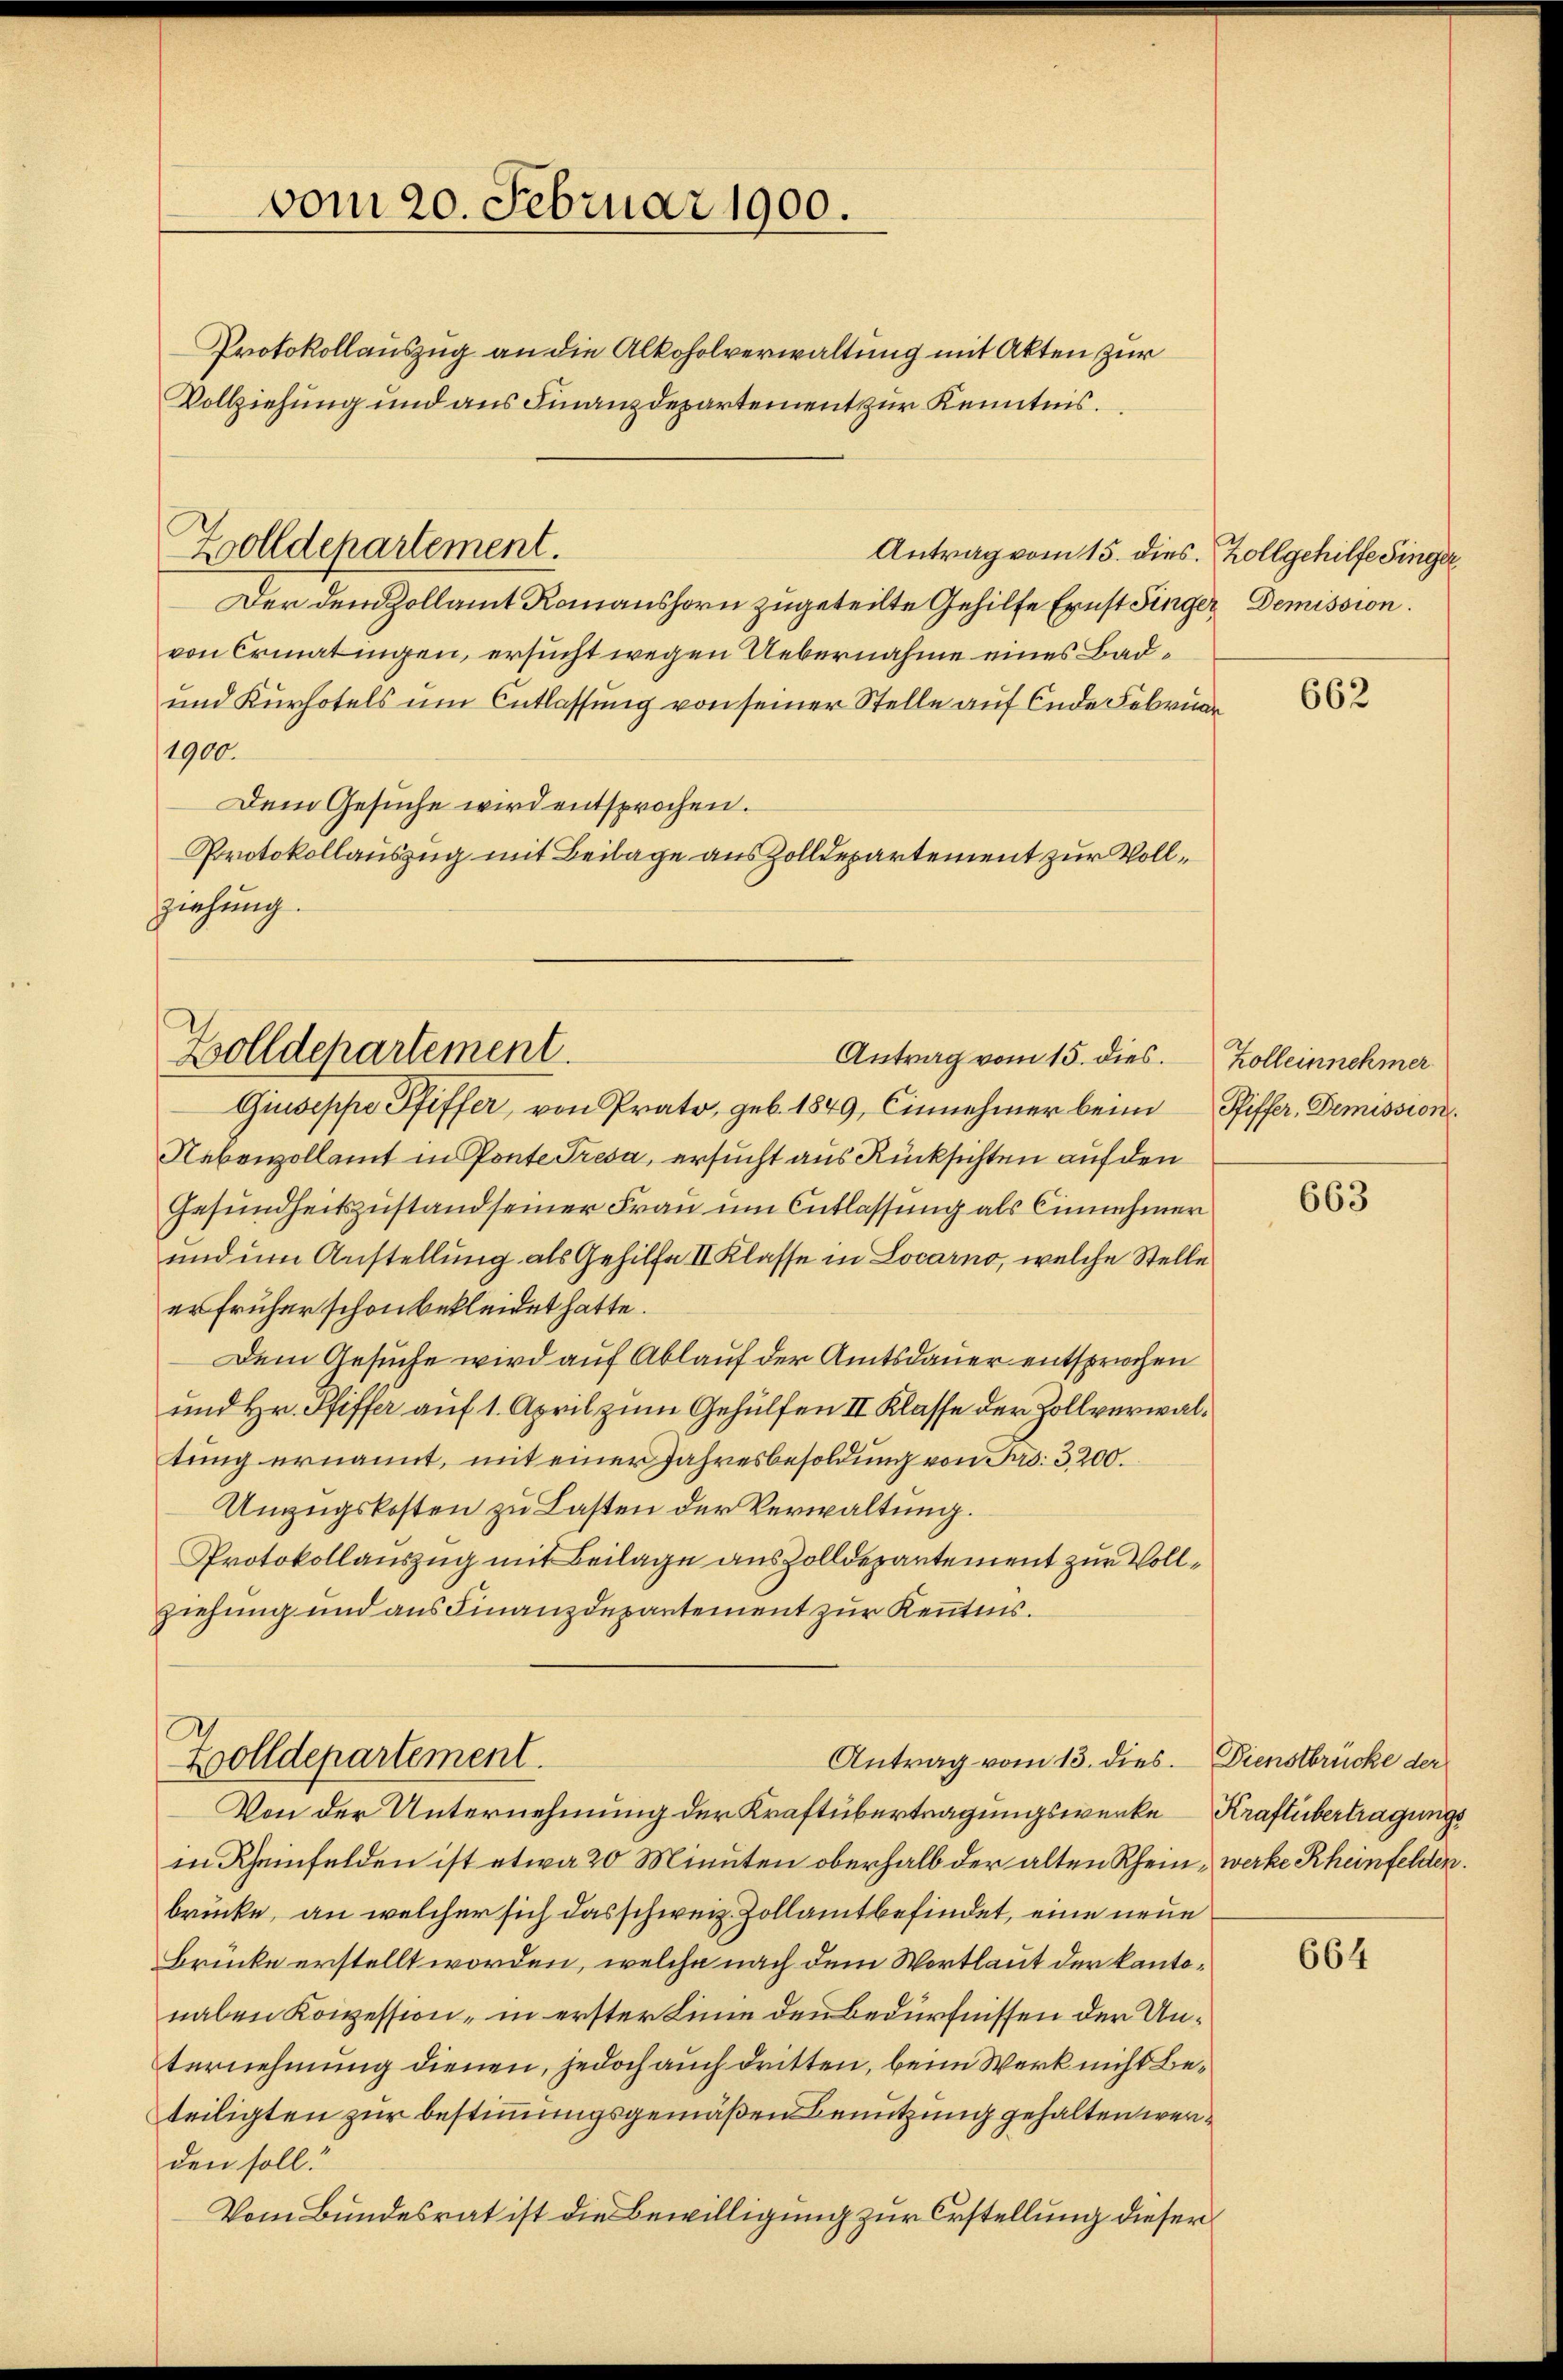
vom 20. Februar 1900.

Zolldepartement.

Protokollauszug an die Alkoholverwaltung mit Akten zur
Vollziehung und aus Finanzdepartement zur Kenntnis.
Der dem Zollamt Romanshorn zugeteilte Gehilfe Ernst Finger Demission.
von Ermatingen, ersucht wegen Uebernahme eines Bad¬
und Kurhotels um Entlassung von seiner Stelle auf Ende Februar
1900.
Dem Gesuche wird entsprochen.
Protokollauszug mit Beilage aus Zolldepartement zur Vollziehung.

Zolldepartement.
Antrag vom 15. dies.

Giuseppe Pfiffer, von Prato, geb. 1849, Einnehmer beim
Nebenzollamt in Ponte Tresa, ersucht aus Rücksichten auf den
Gesundheitszustand seiner Frau um Entlassung als Einnehmer
und um Anstellung als Gehilfe II Klasse in Locarno, welche Stelle
er früher schon bekleidet hatte.
Dem Gesuche wird auf Ablauf der Amtsdauer entsprochen
und Hr. Pfiffer auf 1. April zum Gehülfen II Klasse der Zollverwaltung ernannt, mit einer Jahresbesoldung von Jes. 3200.
Umzugskosten zu Lasten der Verwaltung.
Protokollauszug mit Beilage auszolldepartement zur Vollziehung und aus Finanzdepartement zur Kenntnis.

Zolldepartement.
Antrag vom 13. dies. Dienstbrücke der

Von der Unternehmung der Kraftübertragungswerke Kraftübertragungs
in Rheinfelden ist etwa 20 Minuten oberhalb der alten Rhein, werke Rheinfelden.
brücke, an welcher sich das schweiz. Zollamtbefindet, eine neue
Brücke erstellt worden, welche nach dem Wortlaut der kantonaben Konzession, in erster Linie den Bedürfnissen der Unternehmung dienen, jedoch auch dritten, beim Werk nicht Beteiligten zur bestimmungsgemäßen Benutzung gehalten werden soll!
Vom Bundesrat ist die Bewilligung zur Erstellung dieser

Antrag vom 15. dies. Zollgehilfe Singer

662

Kolleinnehmer
Pfiffer, Demission.

663

664